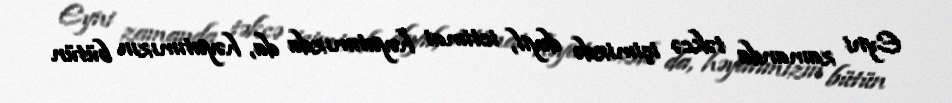
Eyni zamanda təkcə içimizdə deyil, ictimai həyatımızda da, həyatımızın bütün